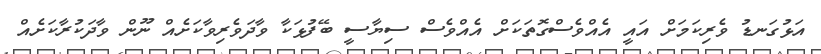
އަޅުގަނޑު ވެރިކަމަށް އައީ އެއްވެސްގޮތަކަށް އެއްވެސް ސިޔާސީ ބޭފުޅަކާ ވާދަވެރިވާކަށެއް ނޫން ވާދަކުރާކަށެއް